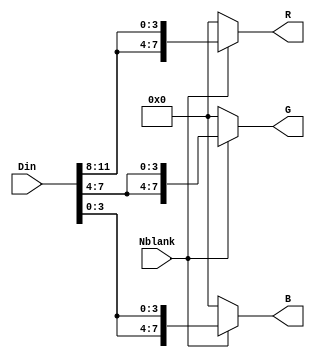
//--------------------------------------------------------------------------------------------
//
// Generated by X-HDL VHDL Translator - Version 2.0.0 Feb. 1, 2011
// ?? ?? 29 2018 17:22:19
//
//      Input file      : 
//      Component name  : rgb
//      Author          : 
//      Company         : 
//
//      Description     : 
//
//
//--------------------------------------------------------------------------------------------


module RGB(
   Din,
   Nblank,
   R,
   G,
   B
);
   input [11:0] Din;		// niveau de gris du pixels sur 8 bits
   input        Nblank;		// signal indique les zone d'affichage, hors la zone d'affichage
   // les trois couleurs prendre 0
   output [7:0] R;		// les trois couleurs sur 10 bits
   output [7:0] G;
   output [7:0] B;
   
   
   assign R = (Nblank == 1'b1) ? {Din[11:8], Din[11:8]} :    8'b00000000;
            
   assign G = (Nblank == 1'b1) ? {Din[7:4], Din[7:4]} :    8'b00000000;
            
   assign B = (Nblank == 1'b1) ? {Din[3:0], Din[3:0]} :    8'b00000000;
    
   
endmodule